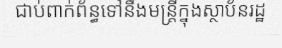
ជាប់ពាក់ព័ន្ធទៅនឹងមន្ត្រីក្នុងស្ថាប័នរដ្ឋ